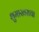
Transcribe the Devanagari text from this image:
शुमाखराचा